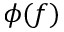
\phi ( f )